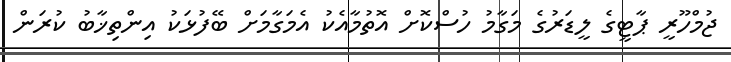
ޖުމްހޫރީ ޕާޓީގެ ލީޑަރުގެ މަގާމު ހުސްކޮށް އޮތުމާއެކު އެމަގާމަށް ބޭފުޅަކު އިންތިޚާބު ކުރަން